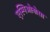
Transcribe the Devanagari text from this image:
एस्पिओनोसा